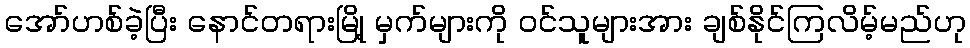
အော်ဟစ်ခဲ့ပြီး နောင်တရားမြို့ မှက်များကို ဝင်သူများအား ချစ်နိုင်ကြလိမ့်မည်ဟု